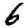
Digit: 6